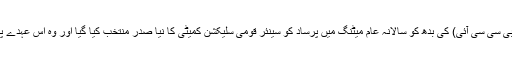
ہندستانی کرکٹ کنٹرول بورڈ (بی سی سی آئی) کی بدھ کو سالانہ عام میٹنگ میں پرساد کو سینئر قومی سلیکشن کمیٹی کا نیا صدر منتخب کیا گیا اور وہ اس عہدے پر سندیپ پاٹل کی جگہ لیں گے۔